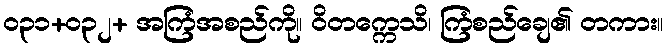
၀၃၁+၀၃၂+ အကြံအစည်ကို။ ဝိတက္ကေသိ၊ ကြံစည်ချေ၏ တကား။